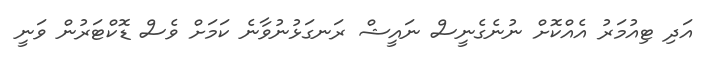
އަދި ޓިއުމަރު އެއްކޮށް ނުނެގެނީސް ނައީޝް ރަނގަޅުނުވާނެ ކަމަށް ވެސް ޑޮކްޓަރުން ވަނީ